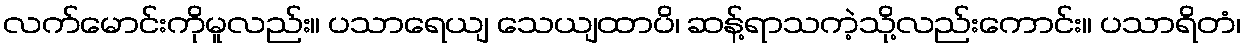
လက်မောင်းကိုမူလည်း။ ပသာရေယျ သေယျထာပိ၊ ဆန့်ရာသကဲ့သို့လည်းကောင်း။ ပသာရိတံ၊